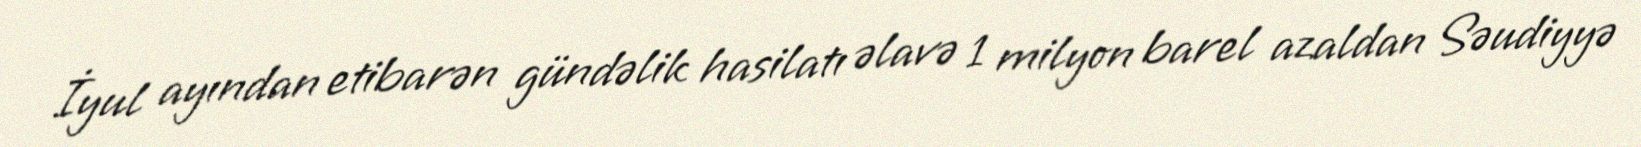
İyul ayından etibarən gündəlik hasilatı əlavə 1 milyon barel azaldan Səudiyyə